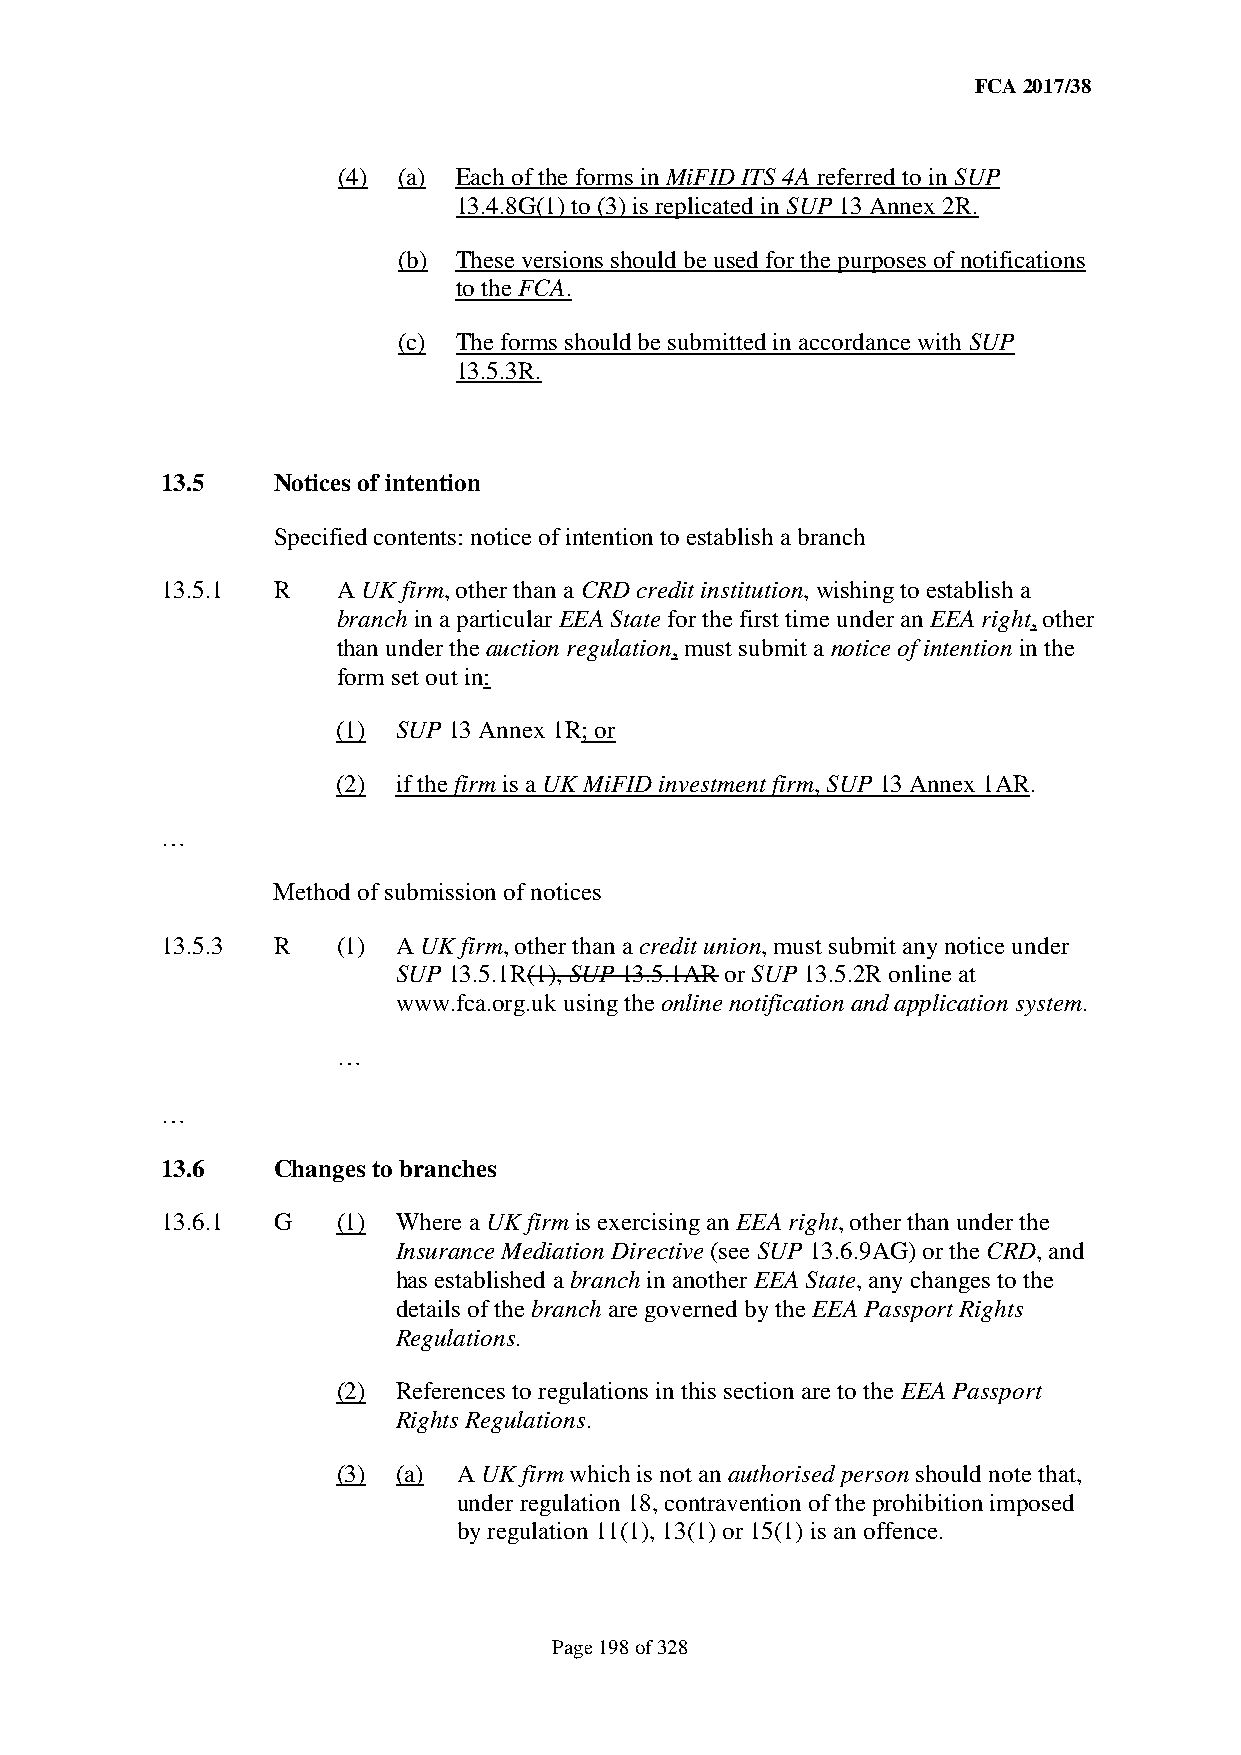
FCA 2017/38
 (4) (a) Each of the forms in MiFID ITS 4A referred to in SUP
 13.4.8G(1) to (3) is replicated in SUP 13 Annex 2R.
 (b) These versions should be used for the purposes of notifications
 to the FCA.
 (c) The forms should be submitted in accordance with SUP
 13.5.3R.
 13.5   Notices of intention
 Specified contents: notice of intention to establish a branch
 13.5.1 R   A UK firm, other than a CRD credit institution, wishing to establish a
 branch in a particular EEA State for the first time under an EEA right, other
 than under the auction regulation, must submit a notice of intention in the
 form set out in:
 (1) SUP 13 Annex 1R; or
 (2) if the firm is a UK MiFID investment firm, SUP 13 Annex 1AR.
 …
 Method of submission of notices
 13.5.3 R   (1) A UK firm, other than a credit union, must submit any notice under
 SUP 13.5.1R(1), SUP 13.5.1AR or SUP 13.5.2R online at
 www.fca.org.uk using the online notification and application system.
 …
 …
 13.6   Changes to branches
 13.6.1 G   (1) Where a UK firm is exercising an EEA right, other than under the
 Insurance Mediation Directive (see SUP 13.6.9AG) or the CRD, and
 has established a branch in another EEA State, any changes to the
 details of the branch are governed by the EEA Passport Rights
 Regulations.
 (2) References to regulations in this section are to the EEA Passport
 Rights Regulations.
 (3) (a) A UK firm which is not an authorised person should note that,
 under regulation 18, contravention of the prohibition imposed
 by regulation 11(1), 13(1) or 15(1) is an offence.
 Page 198 of 328